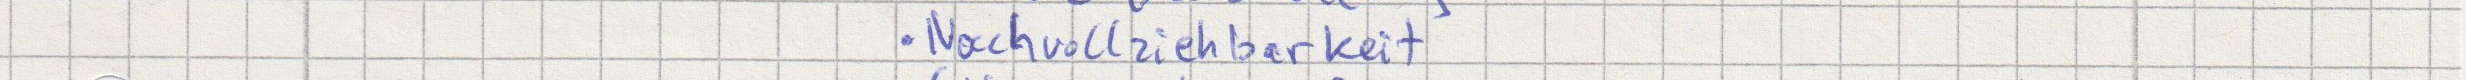
Nachvollziehbarkeit